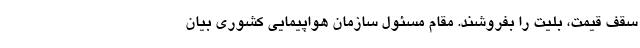
سقف قیمت، بلیت را بفروشند. مقام مسئول سازمان هواپیمایی کشوری بیان